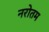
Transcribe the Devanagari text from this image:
नरोतम